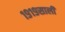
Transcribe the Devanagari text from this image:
१९१९साली